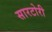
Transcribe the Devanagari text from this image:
सारटोरी